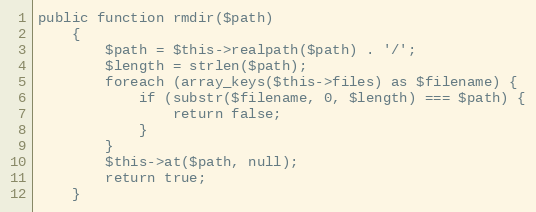
Language: PHP
public function rmdir($path)
    {
        $path = $this->realpath($path) . '/';
        $length = strlen($path);
        foreach (array_keys($this->files) as $filename) {
            if (substr($filename, 0, $length) === $path) {
                return false;
            }
        }
        $this->at($path, null);
        return true;
    }